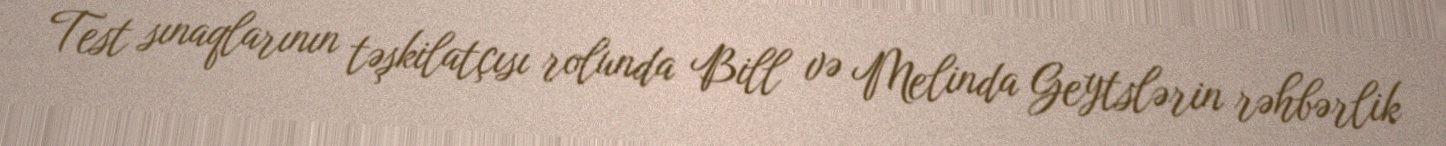
Test sınaqlarının təşkilatçısı rolunda Bill və Melinda Geytslərin rəhbərlik